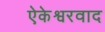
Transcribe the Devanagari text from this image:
ऐकेश्वरवाद